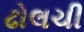
ઢોલચી